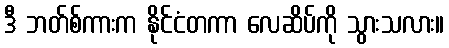
ဒီ ဘတ်စ်ကားက နိုင်ငံတကာ လေဆိပ်ကို သွားသလား။